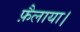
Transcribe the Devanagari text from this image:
फ़ैलाया।